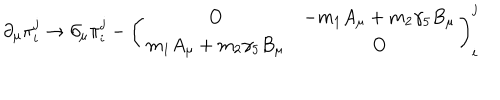
LaTeX: \partial _ { \mu } \pi _ { i } ^ { j } \to \partial _ { \mu } \pi _ { i } ^ { j } - \left( \begin{array} { c c } { { O } } & { { - m _ { 1 } A _ { \mu } + m _ { 2 } \gamma _ { 5 } B _ { \mu } } } \\ { { m _ { 1 } A _ { \mu } + m _ { 2 } \gamma _ { 5 } B _ { \mu } } } & { { O } } \\ \end{array} \right) _ { i } ^ { j }